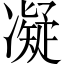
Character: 凝